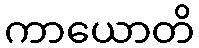
ကာယောတိ